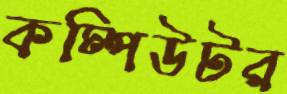
কম্পিউটর